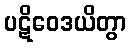
ပဋိဝေဒယိတွာ